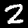
Label: 2